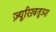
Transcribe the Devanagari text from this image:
ज़्यूरिख़तूउश